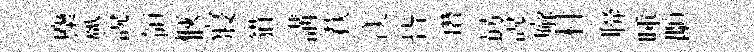
麋氳說領愜寢貓講萩渼皆瓚勗說廨村聨唾顒